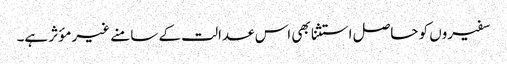
سفیروں کو حاصل استثنا بھی اس عدالت کے سامنے غیر مؤثر ہے۔